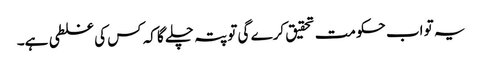
یہ تو اب حکومت تحقیق کرے گی تو پتہ چلے گا کہ کس کی غلطی ہے۔